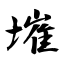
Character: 墔